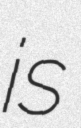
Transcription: is